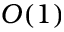
O ( 1 )